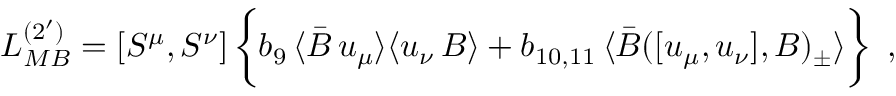
{ \cal L } _ { M B } ^ { ( 2 ^ { \prime } ) } = [ S ^ { \mu } , S ^ { \nu } ] \, \biggl \{ b _ { 9 } \, \langle \bar { B } \, u _ { \mu } \rangle \langle u _ { \nu } \, B \rangle + b _ { 1 0 , 1 1 } \, \langle \bar { B } ( [ u _ { \mu } , u _ { \nu } ] , B ) _ { \pm } \rangle \biggr \} \, \, \, ,